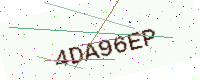
Text: 4DA96EP